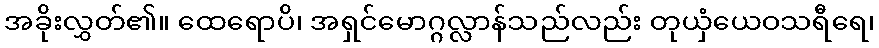
အခိုးလွှတ်၏။ ထေရောပိ၊ အရှင်မောဂ္ဂလ္လာန်သည်လည်း တုယှံယေဝသရီရေ၊